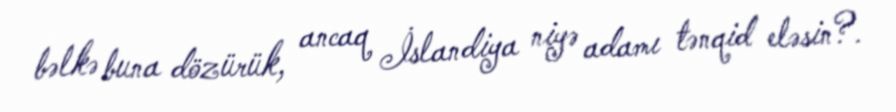
bəlkə buna dözürük, ancaq İslandiya niyə adamı tənqid eləsin?.